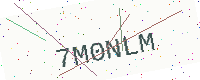
Text: 7M0NLM